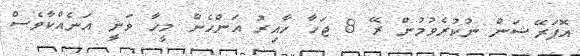
އޮޕަރޭޝަން ނުކުރެވުމުން ރޭ 8 ޖަހާ ހާއިރު އަންހެން މީހާ ވަނީ އަނެއްކާވެސް